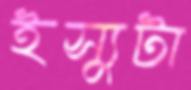
ইস্যুটা